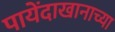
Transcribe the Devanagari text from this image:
पायेंदाखानाच्या